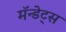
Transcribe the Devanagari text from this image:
मॅन्डेट्स